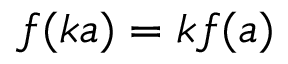
f ( k a ) = k f ( a )